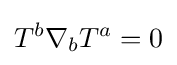
T^{b}\nabla _{b}T^{a}=0